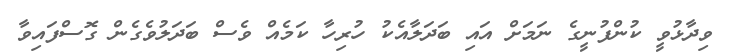
ވިދާޅުވީ ކުންފުނީގެ ނަމަށް އައި ބަދަލާއެކު ހުރިހާ ކަމެއް ވެސް ބަދަލުވެގެން ގޮސްފައިވާ